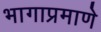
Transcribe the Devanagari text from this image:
भागाप्रमाणे